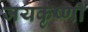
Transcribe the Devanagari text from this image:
जयकृष्णी